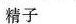
精子